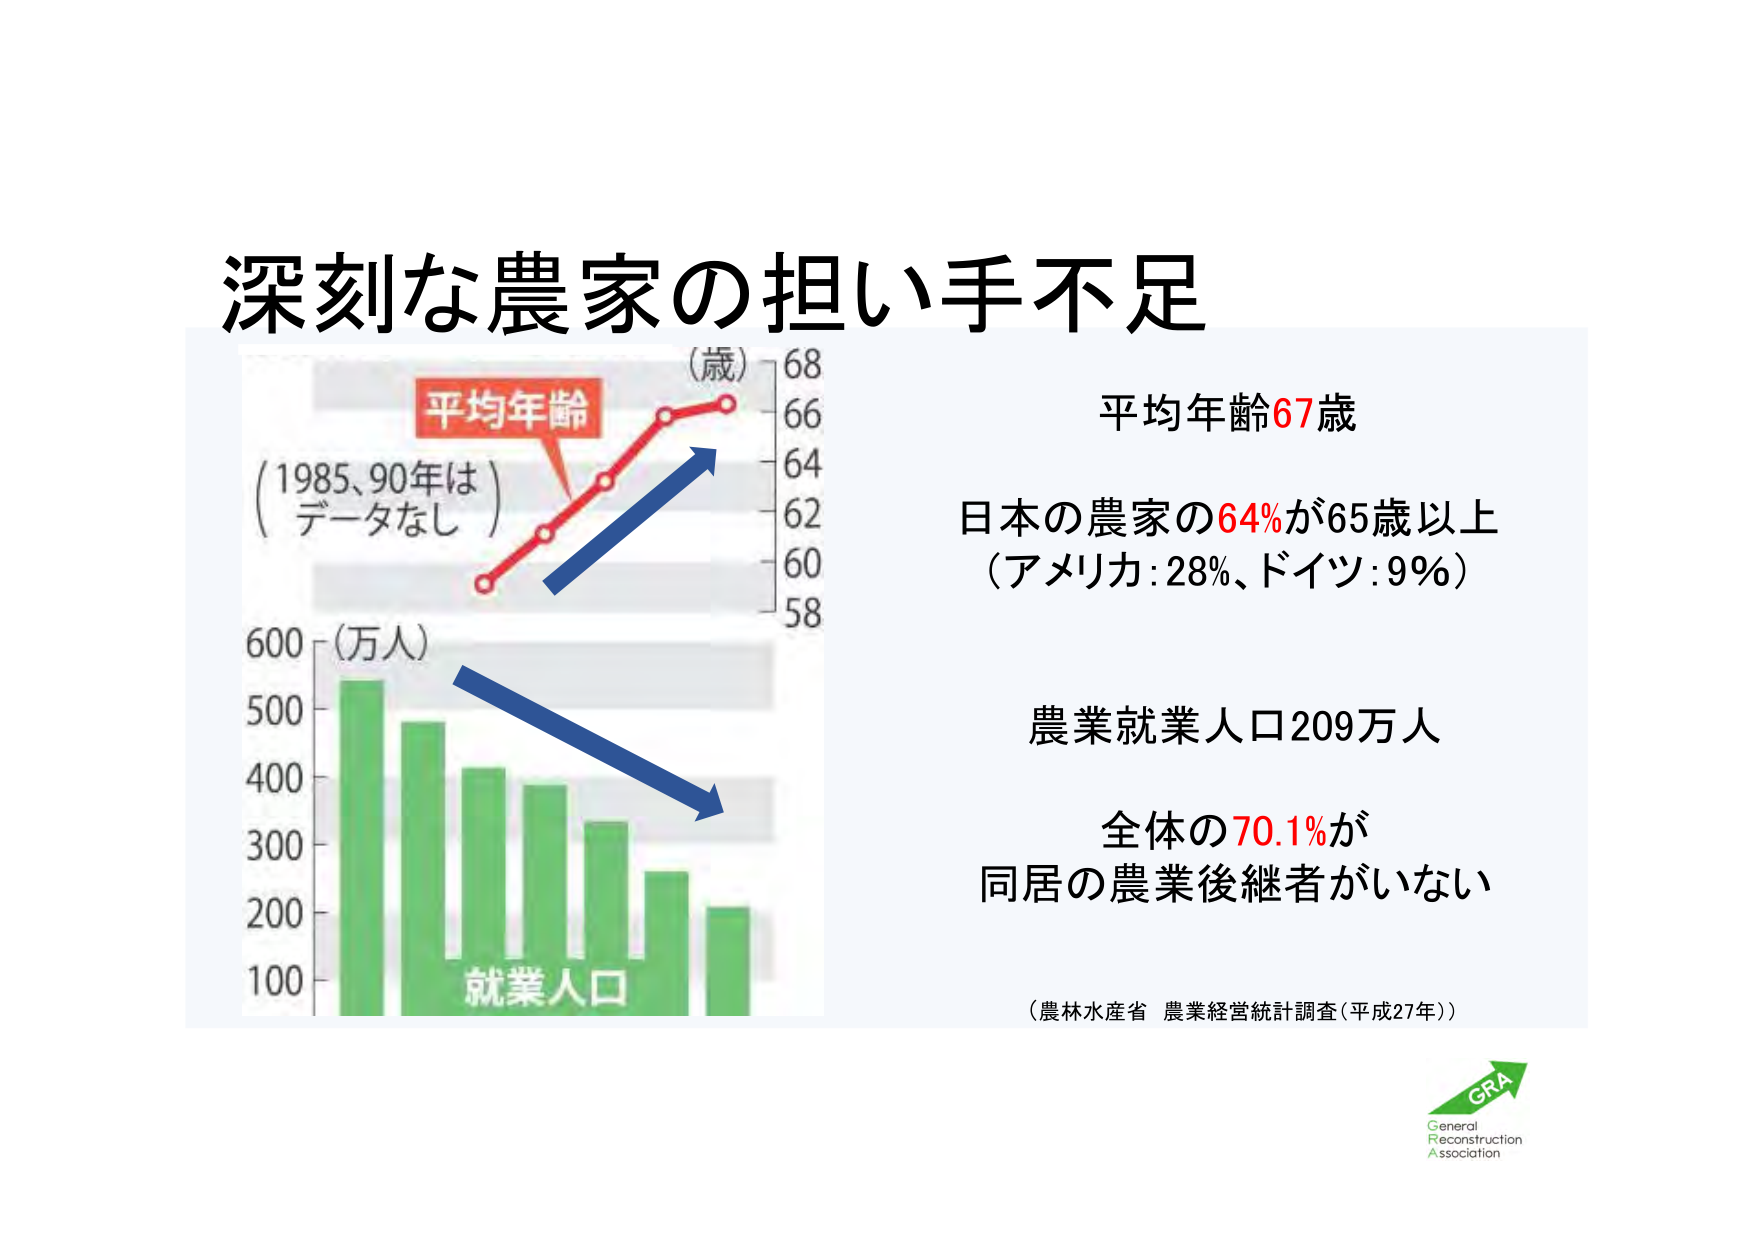
深刻な農家の担い手不足

（歳）
68
66
64
62
60
58

平均年齢

（1985、90年は）
データなし

（万人）
600
500
400
300
200
100

就業人口

平均年齢67歳

日本の農家の64%が65歳以上
（アメリカ：28%、ドイツ：9%）

農業就業人口209万人

全体の70.1%が
同居の農業後継者がいない

（農林水産省 農業経営統計調査（平成27年））

GRA
General
Reconstruction
Association